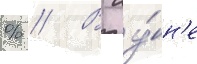
% // В иу́н'е